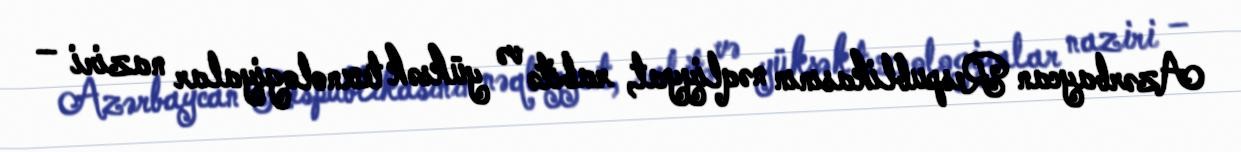
Azərbaycan Respublikasının nəqliyyat, rabitə və yüksək texnologiyalar naziri –